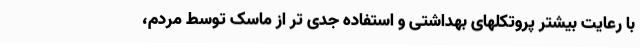
با رعایت بیشتر پروتکلهای بهداشتی و استفاده جدی تر از ماسک توسط مردم،